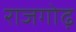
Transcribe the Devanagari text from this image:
राजगोढ़